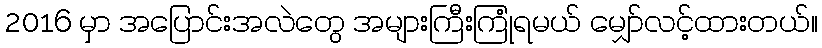
2016 မှာ အပြောင်းအလဲတွေ အများကြီးကြုံရမယ် မျှော်လင့်ထားတယ်။